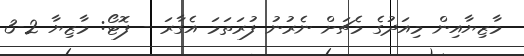
މާޒިޔާއިން މިއަދުގެ މެޗަށް ނެރުނު ފުރަތަމަ އެގާރަ - ފޮޓޯ: މާޒިޔާ 2-3